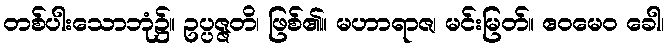
တစ်ပါးသောဘုံ၌။ ဥပ္ပဇ္ဇတိ၊ ဖြစ်၏။ မဟာရာဇ၊ မင်းမြတ်။ ဧဝမေဝ ခေါ၊